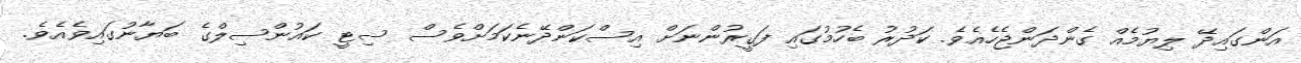
އަންގައިދޭ ލިޔުމެއް ގެންދަންޖެހެއެވެ. ކަދުރު ބެހުމުގައި ފަގީރުންނަށް އިސްކަންދޭނެކަމަށްވެސް ސިޓީ ކައުންސިލްގެ ބަޔާނުގައިވެއެވެ.